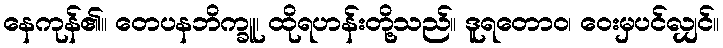
နေကုန်၏။ တေပနဘိက္ခူ၊ ထိုရဟန်းတို့သည်။ ဒူရတောဝ၊ ဝေးမှပင်လျှင်။